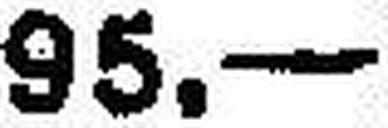
95.—